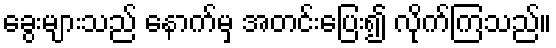
ခွေးများသည် နောက်မှ အတင်းပြေး၍ လိုက်ကြသည်။